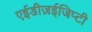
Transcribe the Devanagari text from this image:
एईडीज़ईजिप्टी